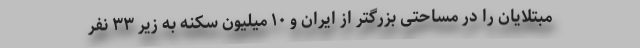
مبتلایان را در مساحتی بزرگتر از ایران و ۱۰ میلیون سکنه به زیر ۳۳ نفر